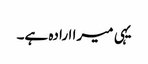
یہی میرا ارادہ ہے۔